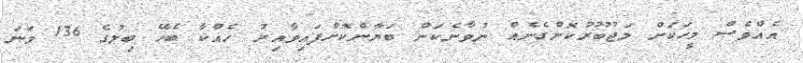
އެއްވެސް މީހަކަށް މަޖުބޫރުކޮށްގެނެއް ނުވާނެކަން ބަޔާންކޮށްފައިވާއިރު ހެއްކާ ބެހޭ ބިލުގެ 136 ވަނަ